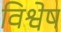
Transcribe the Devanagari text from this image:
विश्वेष